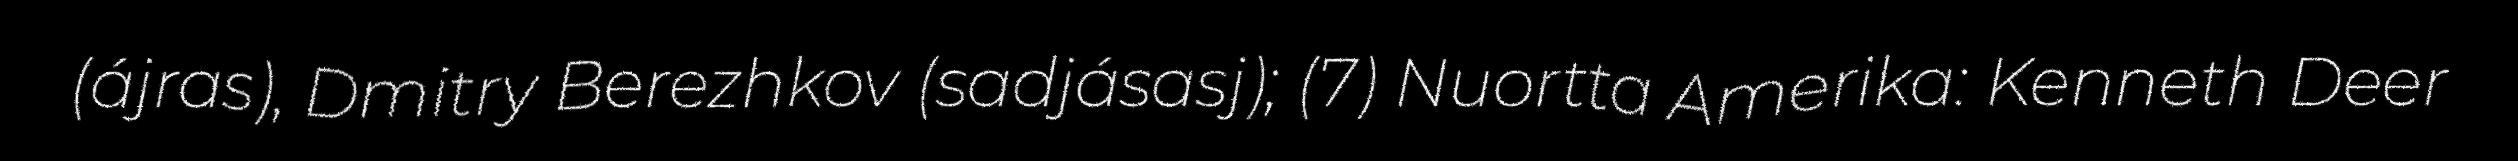
(ájras), Dmitry Berezhkov (sadjásasj); (7) Nuortta Amerika: Kenneth Deer